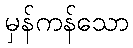
မှန်ကန်သော